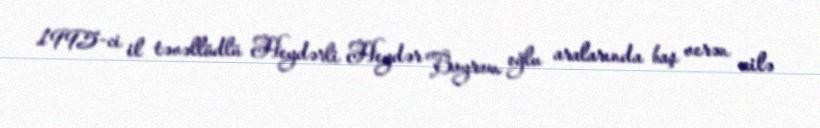
1995-ci il təvəllüdlü Heydərli Heydər Bayram oğlu aralarında baş verən ailə